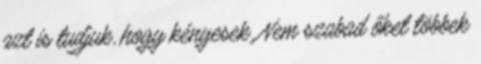
azt is tudjuk, hogy kényesek. Nem szabad őket többek